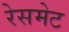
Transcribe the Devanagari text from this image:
रेसमेट